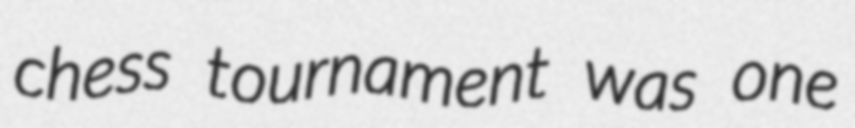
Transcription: chess tournament was one